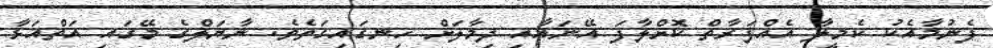
ފެނުމާއެކު ކެމީލާ އެއްފަރާތް ކޮށްލާފަ އޭނައާއި ދިމާލަށް ހިނގައިގަތެވެ. ނާޔަލްގެ މޭގައި އަތްއަޅާ